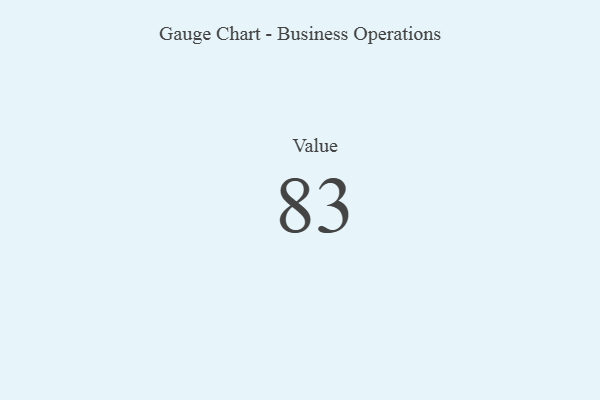
{"axis": {"x": "Metric", "y": "Value"}, "legend": [""], "data": [{"x": "Value", "y": 83, "type": ""}]}